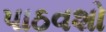
પાઠવશો